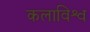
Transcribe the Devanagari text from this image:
कलाविश्व